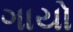
ગાયો